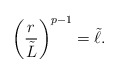
\begin{align*}\left({r\over\tilde{L}}\right)^{p-1}=\tilde{\ell}.\end{align*}